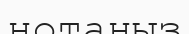
нотаңыз